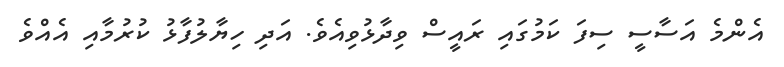
އެންމެ އަސާސީ ސިފަ ކަމުގައި ރައީސް ވިދާޅުވިއެވެ. އަދި ހިޔާލުފާޅު ކުރުމާއި އެއްވެ